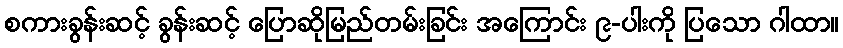
စကားခွန်းဆင့် ခွန်းဆင့် ပြောဆိုမြည်တမ်းခြင်း အကြောင်း ၉-ပါးကို ပြသော ဂါထာ။